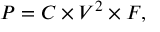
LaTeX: P = C \times V ^ { 2 } \times F ,